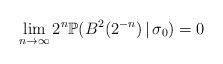
\begin{align*}\lim_{n\to\infty}2^{n}\mathbb{P}(B^2(2^{-n})\,|\,\sigma_{0})=0\end{align*}